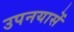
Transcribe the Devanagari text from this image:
उपनयासें